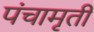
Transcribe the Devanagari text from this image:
पंचामृती